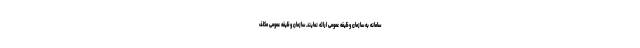
سامانه به سازمان وظیفه عمومی ارائه نمایند. سازمان وظیفه عمومی مکلف